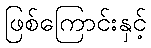
ဖြစ်ကြောင်းနှင့်